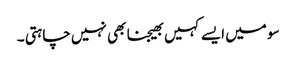
سو میں ایسے کہیں بھیجنا بھی نہیں چاہتی ۔